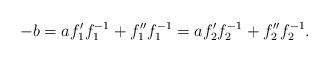
LaTeX: \begin{align*}-b=af_1'f_1^{-1}+f_1''f_1^{-1}=af_2'f_2^{-1}+f_2''f_2^{-1}.\end{align*}